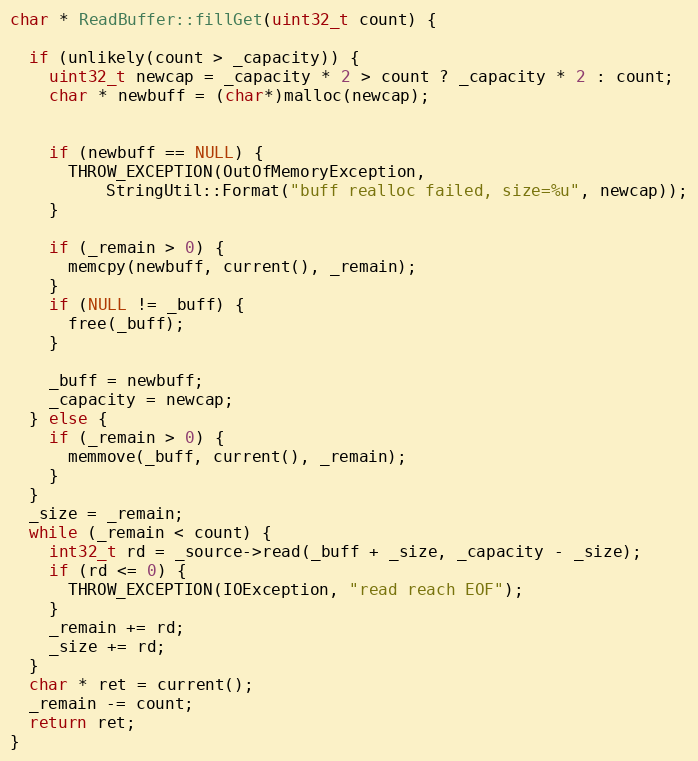
Language: C++
char * ReadBuffer::fillGet(uint32_t count) {

  if (unlikely(count > _capacity)) {
    uint32_t newcap = _capacity * 2 > count ? _capacity * 2 : count;
    char * newbuff = (char*)malloc(newcap);

    if (newbuff == NULL) {
      THROW_EXCEPTION(OutOfMemoryException,
          StringUtil::Format("buff realloc failed, size=%u", newcap));
    }

    if (_remain > 0) {
      memcpy(newbuff, current(), _remain);
    }
    if (NULL != _buff) {
      free(_buff);
    }

    _buff = newbuff;
    _capacity = newcap;
  } else {
    if (_remain > 0) {
      memmove(_buff, current(), _remain);
    }
  }
  _size = _remain;
  while (_remain < count) {
    int32_t rd = _source->read(_buff + _size, _capacity - _size);
    if (rd <= 0) {
      THROW_EXCEPTION(IOException, "read reach EOF");
    }
    _remain += rd;
    _size += rd;
  }
  char * ret = current();
  _remain -= count;
  return ret;
}